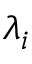
\lambda _ { i }